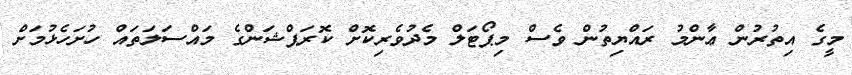
މީގެ އިތުރުން ޢާންމު ރައްޔިތުން ވެސް މިޕޯޓަލް މެދުވެރިކޮށް ކޮރަޕްޝަންގެ މައްސަލަތައް ހުށަހެޅުމަށް